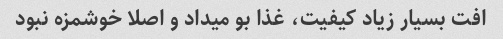
افت بسیار زیاد کیفیت، غذا بو میداد و اصلا خوشمزه نبود